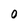
Character: 0